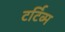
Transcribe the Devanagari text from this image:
टर्टिव्म